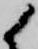
候